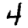
Digit: 4